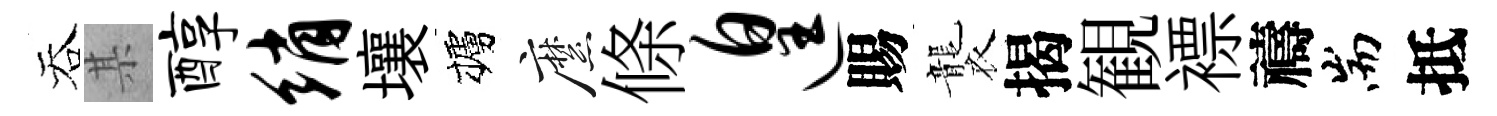
吞某醇绡壤櫨縻條遑賜襲揭観褾禱耑抵